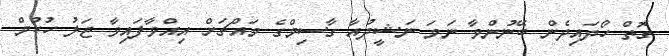
ގޮތް ހޯދައިދެން ބޭނުންވާ ނަމަ ނަޝީދުއާ ގާސިމްގެ މައްޗަށް އިއްވާފައިވާ ޖަލު ހުކުމް